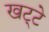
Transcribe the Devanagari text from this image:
खट्‌टे